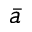
\bar { a }